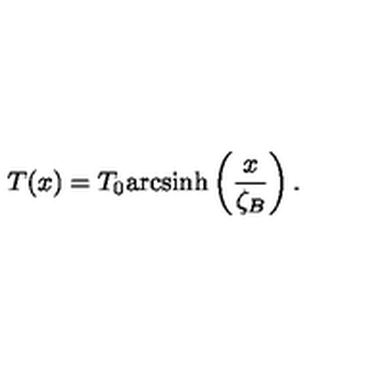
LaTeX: T ( x ) = T _ { 0 } \mathrm { a r c s i n h } \left( \frac { x } { \zeta _ { B } } \right) .